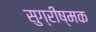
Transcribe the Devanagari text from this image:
सुग्रीष्मक